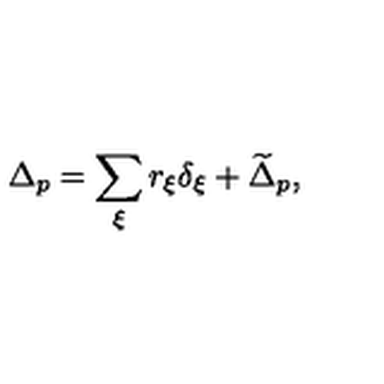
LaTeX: \Delta _ { p } = \sum _ { \xi } r _ { \xi } \delta _ { \xi } + \widetilde \Delta _ { p } ,